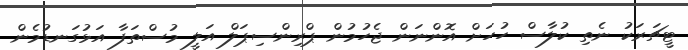
ޓީޗަރަކު ނެތި ކުލާސް ހުހަށް އޮންނަން ޖެހުމުން ޕްރިންސިޕަލް އަލީ މުސްތަފާ އަޅުގަނޑުމެން